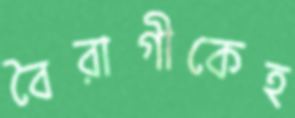
বৈরাগীকেহ